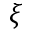
\xi